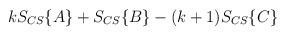
LaTeX: \begin{align*}kS_{CS}\{A\} + S_{CS}\{B\} - (k+1)S_{CS}\{C\}\end{align*}